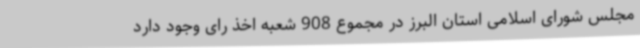
مجلس شورای اسلامی استان البرز در مجموع 908 شعبه اخذ رای وجود دارد